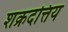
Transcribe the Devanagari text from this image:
शक्रदत्तिय